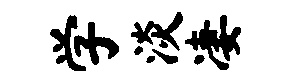
学淡凄